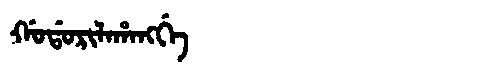
Manchu: ᡤᠣᡩᠣᡵᡳᠯᠠᡥᠠᠩᡤᡝ
Romanization: GODORILAHANGGE